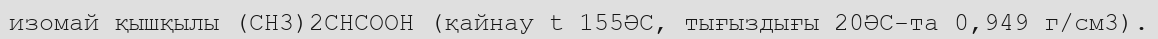
изомай қышқылы (CH3)2CHCOOH (қайнау t 155ӘС, тығыздығы 20ӘС-та 0,949 г/см3).